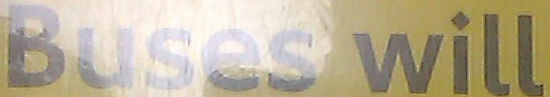
Buses will